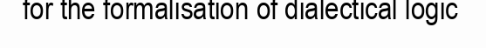
for the formalisation of dialectical logic